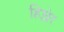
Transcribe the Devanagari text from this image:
हिम्लेर